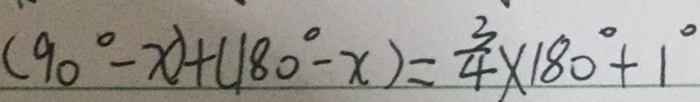
( 9 0 ^ { \circ } - x ) + ( 1 8 0 ^ { \circ } - x ) = \frac { 3 } { 4 } \times 1 8 0 ^ { \circ } + 1 ^ { \circ }